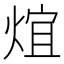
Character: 𤊃